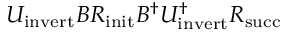
U _ { \mathrm { i n v e r t } } B R _ { \mathrm { i n i t } } B ^ { \dagger } U _ { \mathrm { i n v e r t } } ^ { \dagger } R _ { \mathrm { s u c c } }